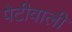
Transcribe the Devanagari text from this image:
पेटीवाली